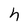
Character: n